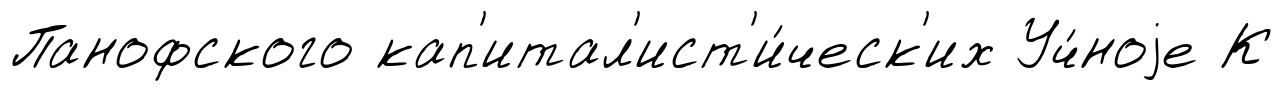
Панофского кап'итал'ист'и́ческ'их Уч́ноjе К